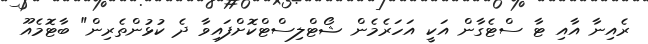
ރެއިނާ އާއި ޓާ ސްޓެގާން އަކީ އަހަރެމެން ޝޯޓްލިސްޓްކޮށްފައިވާ ދެ ކުޅުންތެރިން" ބާޓޮމެއޫ